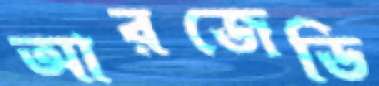
আরজেডি